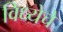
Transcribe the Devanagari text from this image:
विध्येचे